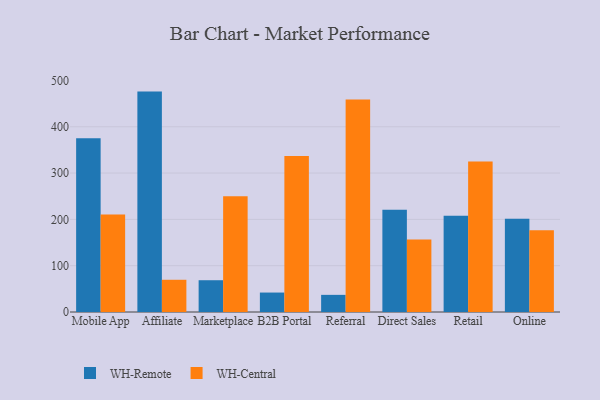
{"axis": {"x": "Channel", "y": "Budget (USD K)"}, "legend": ["WH-Central", "WH-Remote"], "data": [{"x": "Mobile App", "y": 375.3, "type": "WH-Remote"}, {"x": "Mobile App", "y": 210.4, "type": "WH-Central"}, {"x": "Affiliate", "y": 475.9, "type": "WH-Remote"}, {"x": "Affiliate", "y": 69.6, "type": "WH-Central"}, {"x": "Marketplace", "y": 68.6, "type": "WH-Remote"}, {"x": "Marketplace", "y": 250.1, "type": "WH-Central"}, {"x": "B2B Portal", "y": 42.0, "type": "WH-Remote"}, {"x": "B2B Portal", "y": 337.0, "type": "WH-Central"}, {"x": "Referral", "y": 37.0, "type": "WH-Remote"}, {"x": "Referral", "y": 459.1, "type": "WH-Central"}, {"x": "Direct Sales", "y": 220.7, "type": "WH-Remote"}, {"x": "Direct Sales", "y": 156.5, "type": "WH-Central"}, {"x": "Retail", "y": 207.8, "type": "WH-Remote"}, {"x": "Retail", "y": 324.7, "type": "WH-Central"}, {"x": "Online", "y": 201.6, "type": "WH-Remote"}, {"x": "Online", "y": 176.7, "type": "WH-Central"}]}